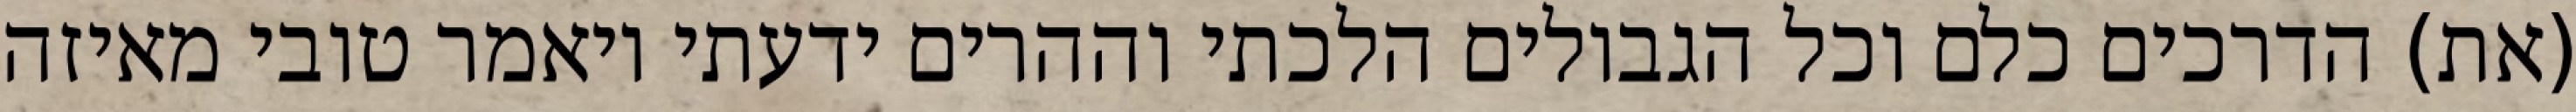
(את) הדרכים כלם וכל הגבולים הלכתי וההרים ידעתי ויאמר טובי מאיזה